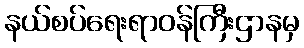
နယ်စပ်ရေးရာဝန်ကြီးဌာနမှ